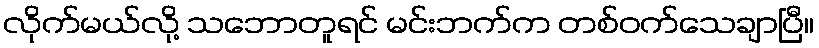
လိုက်မယ်လို့ သဘောတူရင် မင်းဘက်က တစ်ဝက်သေချာပြီ။